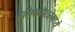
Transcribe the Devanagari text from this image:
हेलिकॉप्टरमध्ये